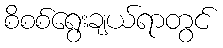
စိစစ်ရွေးချယ်ရာတွင်